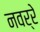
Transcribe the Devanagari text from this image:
नवर्रे